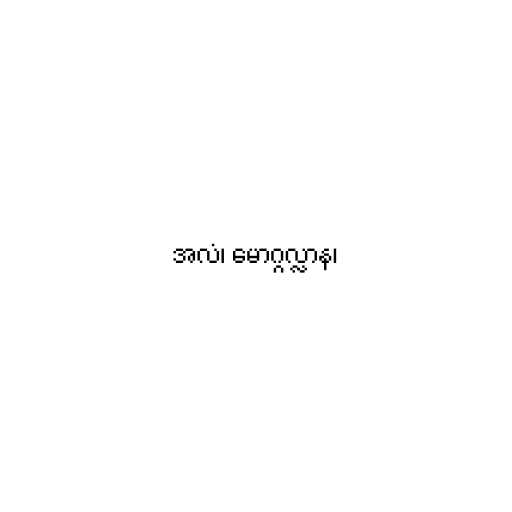
အလံ၊ မောဂ္ဂလ္လာန၊